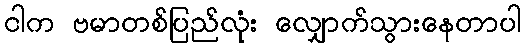
ငါက ဗမာတစ်ပြည်လုံး လျှောက်သွားနေတာပါ